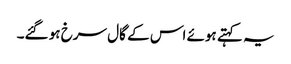
یہ کہتے ہوئے اس کے گال سرخ ہو گئے۔